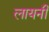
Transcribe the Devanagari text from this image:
लायनी